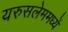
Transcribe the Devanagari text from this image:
यरुसलेममध्यें